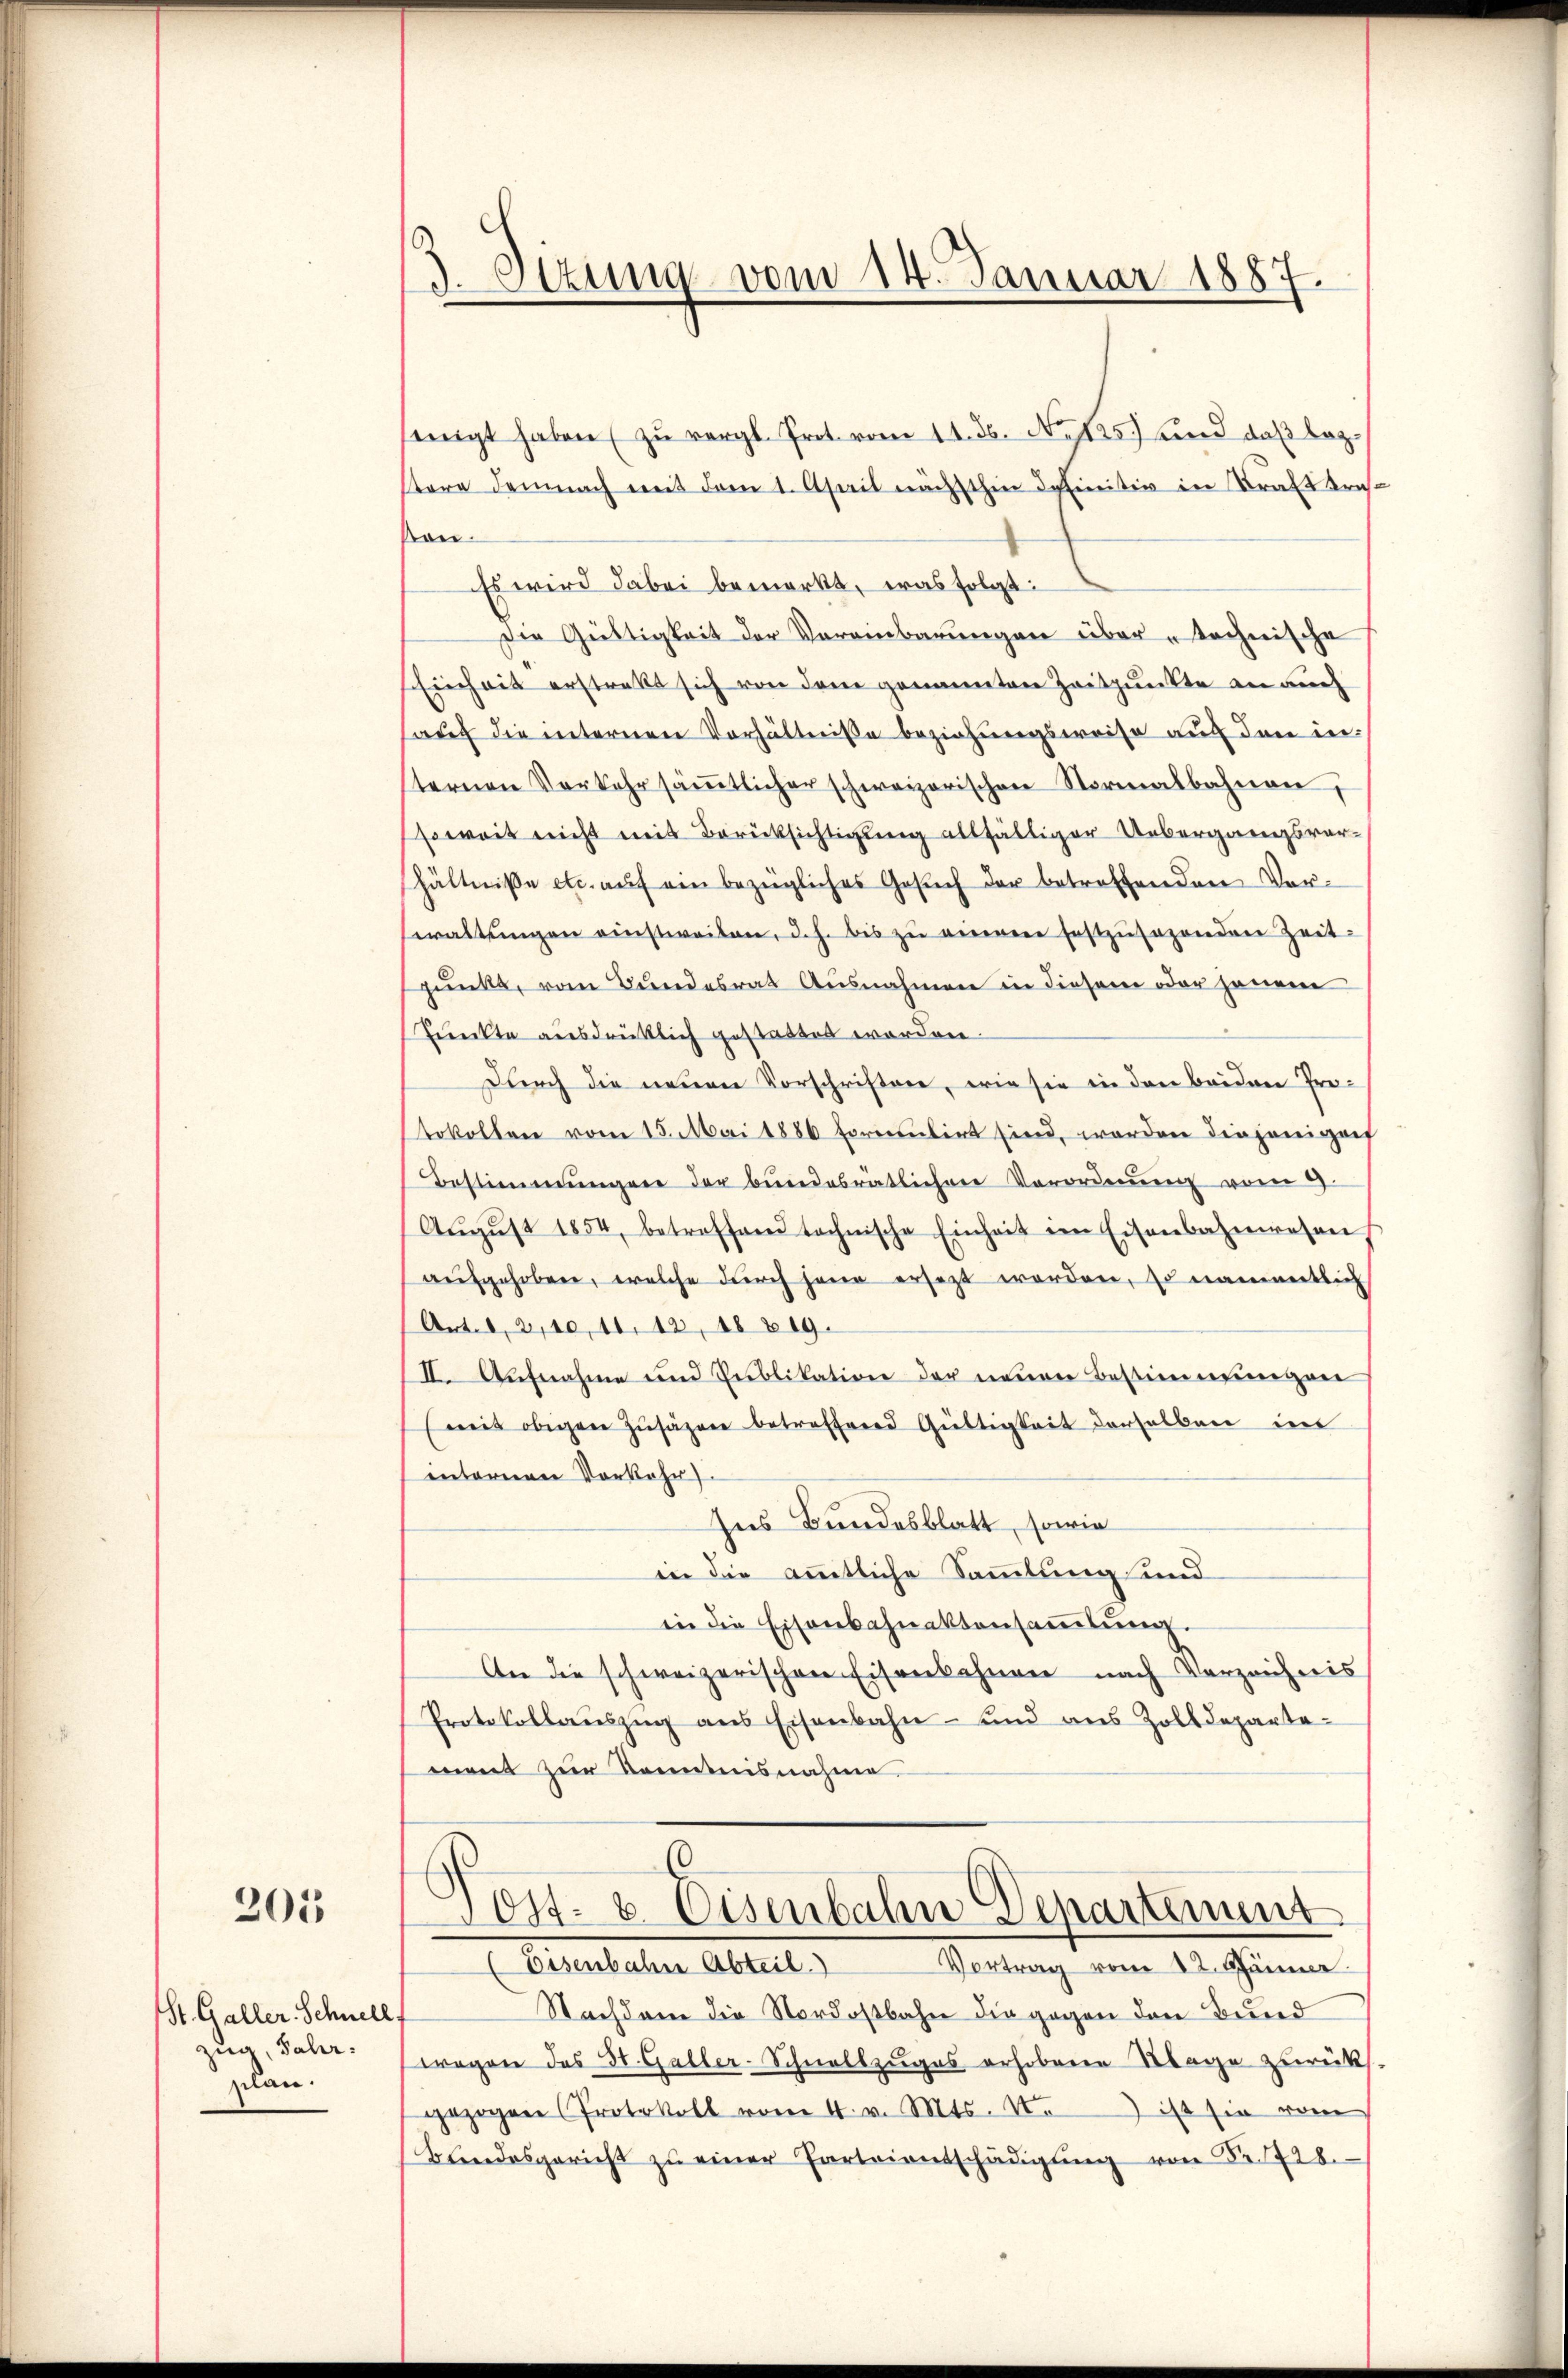
201

St. Galler-Schnell
zug, Jahr.
plan.

d. Sitzung vom 14. Januar 1887

neigt haben (zu vergl. Prot. vom 14. ds. No. 125) und daß leztere demnach mit dem 1. April nächsthin definitiv in Kraft Breskon.
Es wird dabei bemerkt, was folgt:
Die Gültigkeit der Vereinbarungen über technische
Einheit erstrakt sich von dem genannten Zeitpunkte an auch
auf die unternen Verhältniße beziehungsweise auf den in-
sternen Vorkehr säṁtlicher schweizerischen Normalbahnen,
soweit nicht mit Berücksichtigung allfälliger Uebergangsvorhältniße etc. aŭf ein bezügliches Gesŭch der betreffenden Vor-
waltŭngen einstweilen, d. h. bis zŭ einem festzŭsezenden Zeit-
punkt, vom Bundesrat Ausnahmen in diesem oder jenem
Punkte ausdrücklich gestattet worden.
Durch die neuen Vorschriften, wie sie in den beiden Protokollen vom 15. Mai 1886 ftirt sind, worden diejenigen
Bestimmungen der bundesrätlichen Verordnŭng vom 9.
Aŭgŭst 1854, betroffend technische Einheit im Eisenbahnwesen
aŭfgehoben, welche dŭrch here ersetzt werden, so namentlich
Art. 8, 2, 10, 11. 13, 18 819.
II. Aufnahme und Publikation der neuen Bestimmungen
weit obigen Zusagen betreffend Gültigkeit derselben int
internen Vorkehr.
Ins Bundesblatt, sowie
in die amtliche Sammlung und
in die Eisenbahnaktensaṁlŭng.
An die schweizerischen Eisenbahnen nach Verzeichnis
Protokollaŭszŭg ans Eisenbahn- und aus Zolldeparta-
ment zur Kenntnisnahme.
Tost- & Eisenbahn Departement
(Eisenbahre Abteil. Vortrag vom 12. Jänner.
Nachdem die Nordostbahn die gegen den Bund
¬
wegen des St. Galler-Schnellzuges erhobene Sage zurück
gezogen Protokoll vom 4. v. Mts. So ist sie vom
Blindesgericht zŭ einer Parteientschädigŭng von Nr. 728.